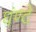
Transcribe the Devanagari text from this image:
घंण्टे